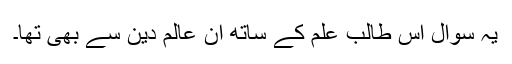
یہ سوال اس طالب علم کے ساتھ ان عالم دین سے بھی تھا۔